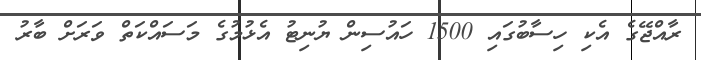
ރާއްޖޭގެ އެކި ހިސާބުގައި 1500 ހައުސިން ޔުނިޓު އެޅުމުގެ މަސައްކަތް ވަރަށް ބާރު